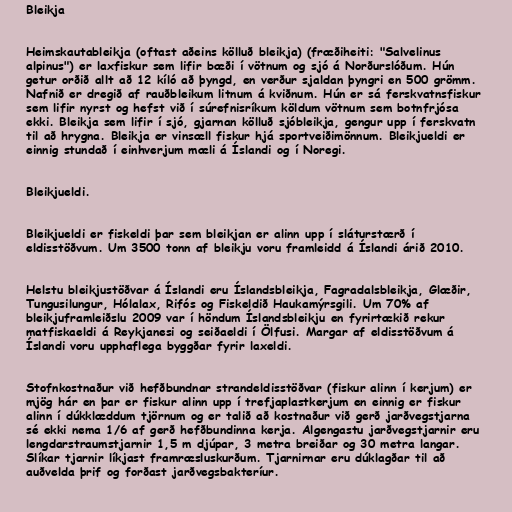
Bleikja

Heimskautableikja (oftast aðeins kölluð bleikja) (fræðiheiti: "Salvelinus
alpinus") er laxfiskur sem lifir bæði í vötnum og sjó á Norðurslóðum. Hún
getur orðið allt að 12 kíló að þyngd, en verður sjaldan þyngri en 500 grömm.
Nafnið er dregið af rauðbleikum litnum á kviðnum. Hún er sá ferskvatnsfiskur
sem lifir nyrst og hefst við í súrefnisríkum köldum vötnum sem botnfrjósa
ekki. Bleikja sem lifir í sjó, gjarnan kölluð sjóbleikja, gengur upp í ferskvatn
til að hrygna. Bleikja er vinsæll fiskur hjá sportveiðimönnum. Bleikjueldi er
einnig stundað í einhverjum mæli á Íslandi og í Noregi.

Bleikjueldi.

Bleikjueldi er fiskeldi þar sem bleikjan er alinn upp í sláturstærð í
eldisstöðvum. Um 3500 tonn af bleikju voru framleidd á Íslandi árið 2010.

Helstu bleikjustöðvar á Íslandi eru Íslandsbleikja, Fagradalsbleikja, Glæðir,
Tungusilungur, Hólalax, Rifós og Fiskeldið Haukamýrsgili. Um 70% af
bleikjuframleiðslu 2009 var í höndum Íslandsbleikju en fyrirtækið rekur
matfiskaeldi á Reykjanesi og seiðaeldi í Ölfusi. Margar af eldisstöðvum á
Íslandi voru upphaflega byggðar fyrir laxeldi.

Stofnkostnaður við hefðbundnar strandeldisstöðvar (fiskur alinn í kerjum) er
mjög hár en þar er fiskur alinn upp í trefjaplastkerjum en einnig er fiskur
alinn í dúkklæddum tjörnum og er talið að kostnaður við gerð jarðvegstjarna
sé ekki nema 1/6 af gerð hefðbundinna kerja. Algengastu jarðvegstjarnir eru
lengdarstraumstjarnir 1,5 m djúpar, 3 metra breiðar og 30 metra langar.
Slíkar tjarnir líkjast framræsluskurðum. Tjarnirnar eru dúklagðar til að
auðvelda þrif og forðast jarðvegsbakteríur.